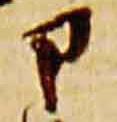
ア